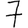
Digit: 7